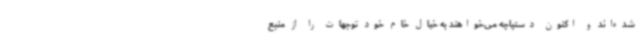
شده‌اند و اکنون دستپاچه می‌خواهند به خیال خام خود توجهات را از منبع